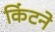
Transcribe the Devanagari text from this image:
किंटने